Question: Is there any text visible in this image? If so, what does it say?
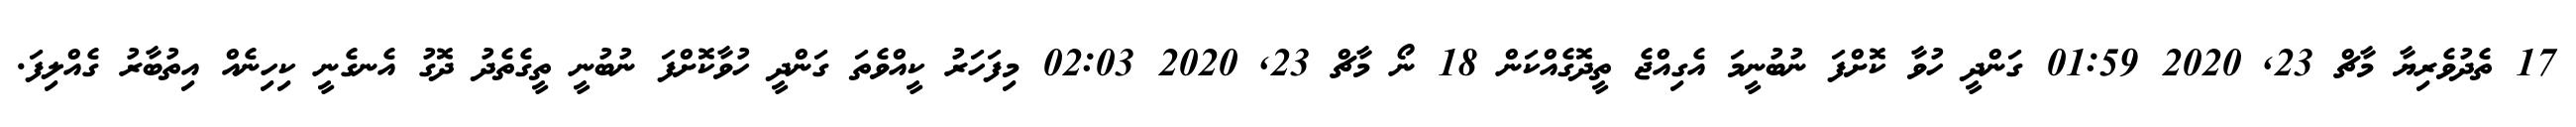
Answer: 17 ތެދުވެރިޔާ މާޗް 23, 2020 01:59 ގަންދީ ހުވާ ކޮށްފަ ނުބުނީމަ އެގިއްޖެ ތީދޮގެއްކަން 18 ނޯ މާޗް 23, 2020 02:03 މިފަހަރު ކީއްވެތަ ގަންދީ ހުވާކޮށްފަ ނުބުނީ ތީގެތެދު ދޮގު އެނގެނީ ކިހިނެއް އިތުބާރު ގެއްލިފަ.